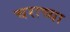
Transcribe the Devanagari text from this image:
चराच्या